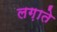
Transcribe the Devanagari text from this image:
लग़ाते